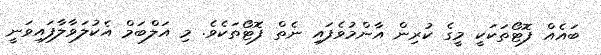
ބައެއް ފޮޓޯތަކަކީ މީގެ ކުރިން އާންމުވެފައި ނެތް ފޮޓޯތަކެވެ. މި އަލްބަމް އެކުލަވާލާފައިވަނީ